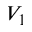
V _ { 1 }